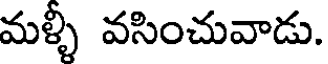
మళ్ళీ వసించువాడు.